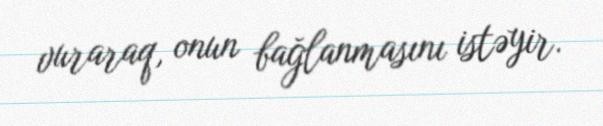
vuraraq, onun bağlanmasını istəyir.